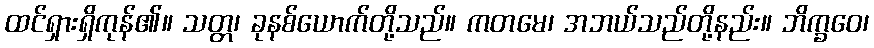
ထင်ရှားရှိကုန်၏။ သတ္တ၊ ခုနစ်ယောက်တို့သည်။ ကတမေ၊ အဘယ်သည်တို့နည်း။ ဘိက္ခဝေ၊